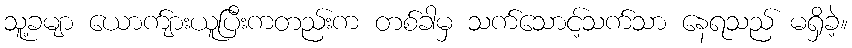
သူ့ခမျာ ယောက်ျားယူပြီးကတည်းက တစ်ခါမှ သက်သောင့်သက်သာ နေရသည် မရှိခဲ့။